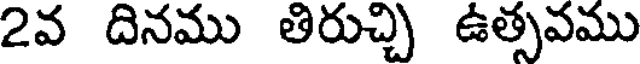
2వ దినము తిరుచ్చి ఉత్సవము